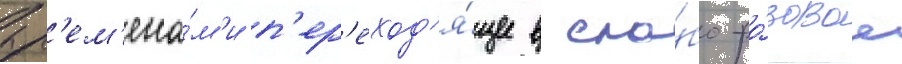
вр'ем'ена́м'и п'ер'еход'я́щее в сла́бо-ро́зовое